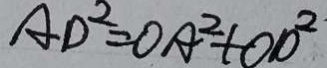
A D ^ { 2 } = O A ^ { 2 } + O D ^ { 2 }